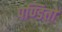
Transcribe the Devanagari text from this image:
पण्डितो